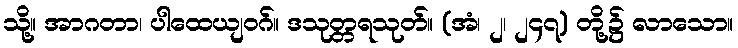
သို့။ အာဂတာ၊ ပါထေယျဝဂ်။ ဒသုတ္တရသုတ်။ (အံ၊ ၂၊ ၂၄၇) တို့၌ လာသော။